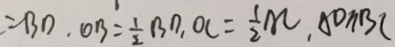
= B D . O B = \frac { 1 } { 2 } B D , O C = \frac { 1 } { 2 } M , A D / / B C